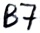
Text: B7